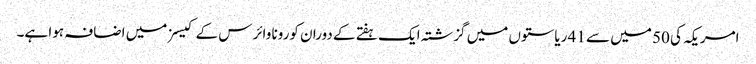
امریکہ کی 50 میں سے 41 ریاستوں میں گزشتہ ایک ہفتے کے دوران کورونا وائرس کے کیسز میں اضافہ ہوا ہے۔